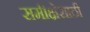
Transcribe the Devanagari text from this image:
समीक्षेसाठी